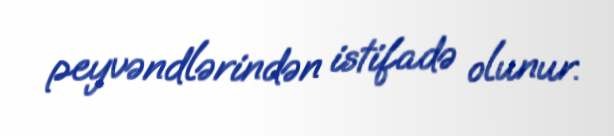
peyvəndlərindən istifadə olunur.